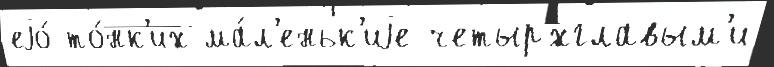
еjо́ то́нк'их ма́л'еньк'иjе четыр'́хглавым'и